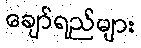
ချော်ရည်များ